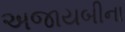
અજાયબીના